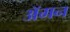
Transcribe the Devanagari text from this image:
अॅमन